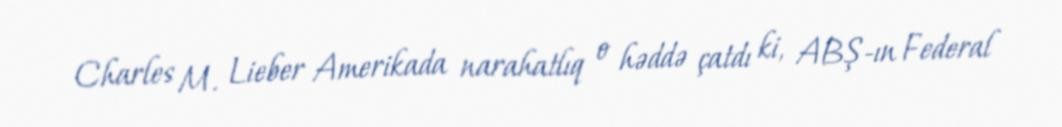
Charles M. Lieber Amerikada narahatlıq o həddə çatdı ki, ABŞ-ın Federal